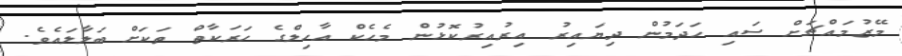
މޭޒުމައްޗަށް ސައި ހަދަމުން ދިޔައިރު އިރުއިރުކޮޅުން މެހެކް އާހިލްގެ ހަރަކާތް ތަކަށް ބަލާލައެވެ.